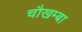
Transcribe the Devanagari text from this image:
चाैखम्बा